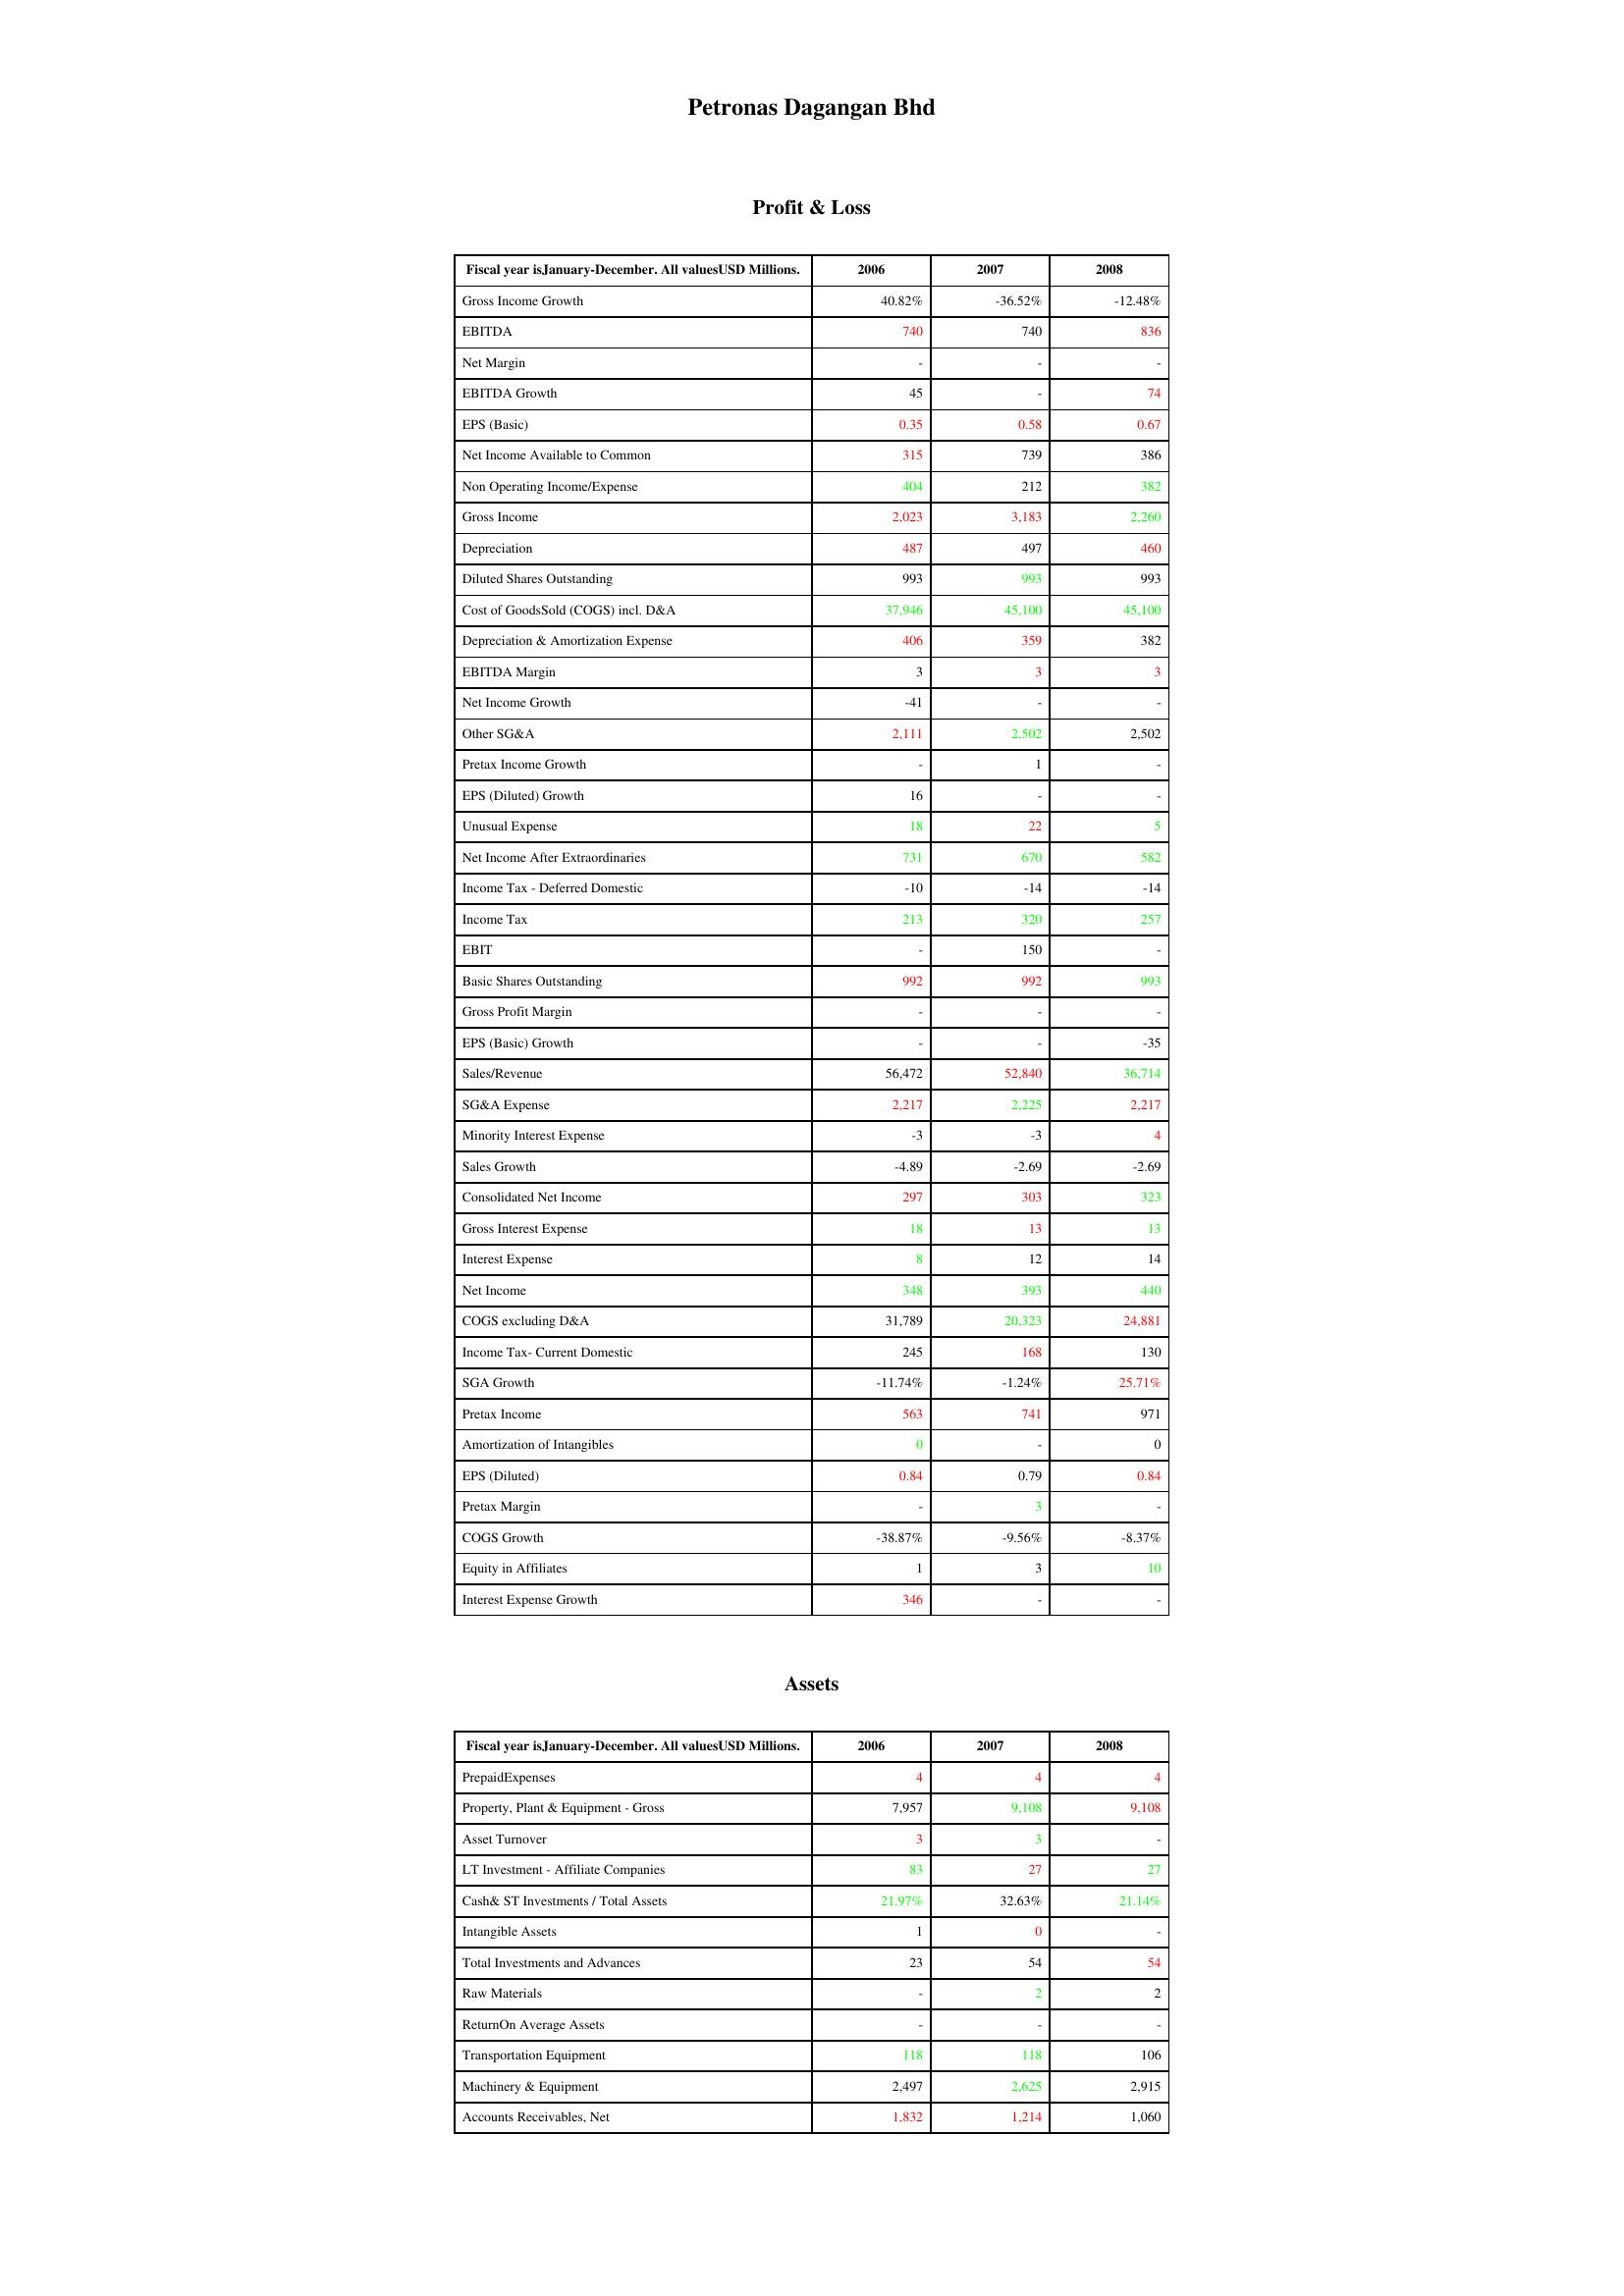
gt_parse: 2006: Profit & Loss: Gross Income Growth: 40.82%
EBITDA: 740
Net Margin: -
EBITDA Growth: 45
EPS (Basic): 0.35
Net Income Available to Common: 315
Non Operating Income/Expense: 404
Gross Income: 2,023
Depreciation: 487
Diluted Shares Outstanding: 993
Cost of GoodsSold (COGS) incl. D&A: 37,946
Depreciation & Amortization Expense: 406
EBITDA Margin: 3
Net Income Growth: -41
Other SG&A: 2,111
Pretax Income Growth: -
EPS (Diluted) Growth: 16
Unusual Expense: 18
Net Income After Extraordinaries: 731
Income Tax - Deferred Domestic: -10
Income Tax: 213
EBIT: -
Basic Shares Outstanding: 992
Gross Profit Margin: -
EPS (Basic) Growth: -
Sales/Revenue: 56,472
SG&A Expense: 2,217
Minority Interest Expense: -3
Sales Growth: -4.89
Consolidated Net Income: 297
Gross Interest Expense: 18
Interest Expense: 8
Net Income: 348
COGS excluding D&A: 31,789
Income Tax- Current Domestic: 245
SGA Growth: -11.74%
Pretax Income: 563
Amortization of Intangibles: 0
EPS (Diluted): 0.84
Pretax Margin: -
COGS Growth: -38.87%
Equity in Affiliates: 1
Interest Expense Growth: 346
Assets: PrepaidExpenses: 4
Property, Plant & Equipment - Gross : 7,957
Asset Turnover: 3
LT Investment - Affiliate Companies: 83
Cash& ST Investments / Total Assets: 21.97%
Intangible Assets: 1
Total Investments and Advances: 23
Raw Materials: -
ReturnOn Average Assets: -
Transportation Equipment: 118
Machinery & Equipment: 2,497
Accounts Receivables, Net: 1,832
2007: Profit & Loss: Gross Income Growth: -36.52%
EBITDA: 740
Net Margin: -
EBITDA Growth: -
EPS (Basic): 0.58
Net Income Available to Common: 739
Non Operating Income/Expense: 212
Gross Income: 3,183
Depreciation: 497
Diluted Shares Outstanding: 993
Cost of GoodsSold (COGS) incl. D&A: 45,100
Depreciation & Amortization Expense: 359
EBITDA Margin: 3
Net Income Growth: -
Other SG&A: 2,502
Pretax Income Growth: 1
EPS (Diluted) Growth: -
Unusual Expense: 22
Net Income After Extraordinaries: 670
Income Tax - Deferred Domestic: -14
Income Tax: 320
EBIT: 150
Basic Shares Outstanding: 992
Gross Profit Margin: -
EPS (Basic) Growth: -
Sales/Revenue: 52,840
SG&A Expense: 2,225
Minority Interest Expense: -3
Sales Growth: -2.69
Consolidated Net Income: 303
Gross Interest Expense: 13
Interest Expense: 12
Net Income: 393
COGS excluding D&A: 20,323
Income Tax- Current Domestic: 168
SGA Growth: -1.24%
Pretax Income: 741
Amortization of Intangibles: -
EPS (Diluted): 0.79
Pretax Margin: 3
COGS Growth: -9.56%
Equity in Affiliates: 3
Interest Expense Growth: -
Assets: PrepaidExpenses: 4
Property, Plant & Equipment - Gross : 9,108
Asset Turnover: 3
LT Investment - Affiliate Companies: 27
Cash& ST Investments / Total Assets: 32.63%
Intangible Assets: 0
Total Investments and Advances: 54
Raw Materials: 2
ReturnOn Average Assets: -
Transportation Equipment: 118
Machinery & Equipment: 2,625
Accounts Receivables, Net: 1,214
2008: Profit & Loss: Gross Income Growth: -12.48%
EBITDA: 836
Net Margin: -
EBITDA Growth: 74
EPS (Basic): 0.67
Net Income Available to Common: 386
Non Operating Income/Expense: 382
Gross Income: 2,260
Depreciation: 460
Diluted Shares Outstanding: 993
Cost of GoodsSold (COGS) incl. D&A: 45,100
Depreciation & Amortization Expense: 382
EBITDA Margin: 3
Net Income Growth: -
Other SG&A: 2,502
Pretax Income Growth: -
EPS (Diluted) Growth: -
Unusual Expense: 5
Net Income After Extraordinaries: 582
Income Tax - Deferred Domestic: -14
Income Tax: 257
EBIT: -
Basic Shares Outstanding: 993
Gross Profit Margin: -
EPS (Basic) Growth: -35
Sales/Revenue: 36,714
SG&A Expense: 2,217
Minority Interest Expense: 4
Sales Growth: -2.69
Consolidated Net Income: 323
Gross Interest Expense: 13
Interest Expense: 14
Net Income: 440
COGS excluding D&A: 24,881
Income Tax- Current Domestic: 130
SGA Growth: 25.71%
Pretax Income: 971
Amortization of Intangibles: 0
EPS (Diluted): 0.84
Pretax Margin: -
COGS Growth: -8.37%
Equity in Affiliates: 10
Interest Expense Growth: -
Assets: PrepaidExpenses: 4
Property, Plant & Equipment - Gross : 9,108
Asset Turnover: -
LT Investment - Affiliate Companies: 27
Cash& ST Investments / Total Assets: 21.14%
Intangible Assets: -
Total Investments and Advances: 54
Raw Materials: 2
ReturnOn Average Assets: -
Transportation Equipment: 106
Machinery & Equipment: 2,915
Accounts Receivables, Net: 1,060